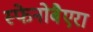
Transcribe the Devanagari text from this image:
स्फेनोबैएरा